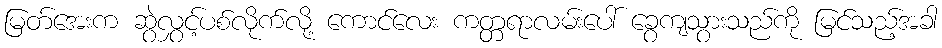
မြတ်အေးက ဆွဲလွှင့်ပစ်လိုက်လို့ ကောင်လေး ကတ္တရာလမ်းပေါ် ခွေကျသွားသည်ကို မြင်သည့်အခါ